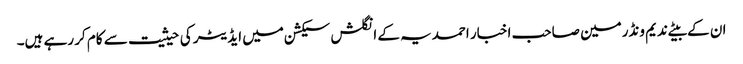
ان کے بیٹے ندیم ونڈرمین صاحب اخبار احمدیہ کے انگلش سیکشن میں ایڈیٹر کی حیثیت سے کام کر رہے ہیں۔